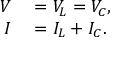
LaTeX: \begin{array} { r l } { V } & { { } = V _ { L } = V _ { C } , } \\ { I } & { { } = I _ { L } + I _ { C } . } \end{array}